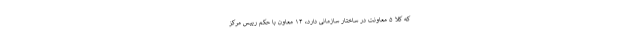
که کلا ۵ معاونت در ساختار سازمانی دارد، ١۴ معاون با حکم رییس مرکز